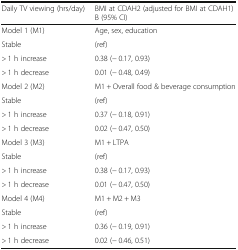
| Daily TV viewing (hrs/day) | BMI at CDAH2 (adjusted for BMI at CDAH1)B (95% CI) |
 | --- | --- |
 | Model 1 (M1) | Age, sex, education |
 | Stable | (ref) |
 | > 1 h increase | 0.38 (− 0.17, 0.93) |
 | > 1 h decrease | 0.01 (− 0.48, 0.49) |
 | Model 2 (M2) | M1 + Overall food & beverage consumption |
 | Stable | (ref) |
 | > 1 h increase | 0.37 (− 0.18, 0.91) |
 | > 1 h decrease | 0.02 (− 0.47, 0.50) |
 | Model 3 (M3) | M1 + LTPA |
 | Stable | (ref) |
 | > 1 h increase | 0.38 (− 0.17, 0.93) |
 | > 1 h decrease | 0.01 (− 0.47, 0.50) |
 | Model 4 (M4) | M1 + M2 + M3 |
 | Stable | (ref) |
 | > 1 h increase | 0.36 (− 0.19, 0.91) |
 | > 1 h decrease | 0.02 (− 0.46, 0.51) |